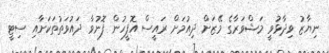
ނިޔާޒު ވިދާޅުވީ މަޝްވަރާގެ މޭޒަށް ދިއުމަށް ރައީސް އޮފީހުން ފޮނުވާ ދައުވަތުތަކަށާއި ސިޓީ